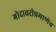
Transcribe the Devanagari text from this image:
गोदावरीप्रमाणेच